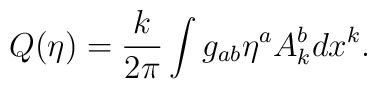
Q(\eta) = {k\over 2\pi}\int g_{ab} \eta^a A^b_k dx^k.